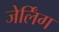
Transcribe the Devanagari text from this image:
जेर्लिंग